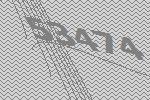
53474